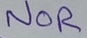
Text: NOR